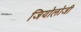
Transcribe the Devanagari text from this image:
जियोलोजी